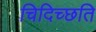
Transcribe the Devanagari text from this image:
चिदिच्छति